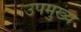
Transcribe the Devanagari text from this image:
उपमुख्य